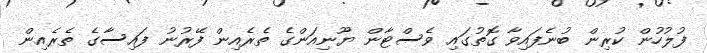
ފުލުހުން ކުރިން ބުނެފައިވާ ގޮތުގައި ވެސްޓާން ޔޫނިއަންގެ ތެރެއިން ފޭރުނު ފައިސާގެ ތެރެއިން